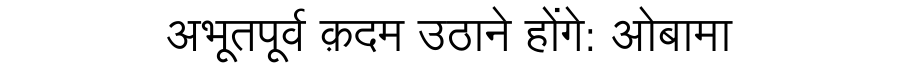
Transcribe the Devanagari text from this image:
अभूतपूर्व क़दम उठाने होंगे: ओबामा